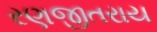
રણજીતરાય